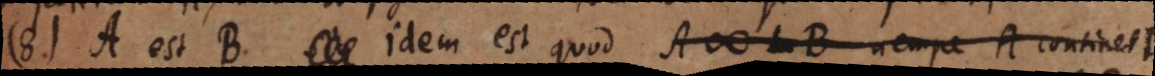
8) A est B idem est quod A # LB nempe A continet B